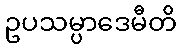
ဥပသမ္ပာဒေမီတိ